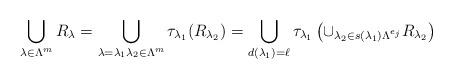
LaTeX: \begin{align*}\bigcup_{\lambda \in \Lambda^m} R_\lambda = \bigcup_{\lambda = \lambda_1 \lambda_2 \in \Lambda^m} \tau_{\lambda_1} (R_{\lambda_2}) = \bigcup_{d(\lambda_1) = \ell} \tau_{\lambda_1}\left( \cup_{\lambda_2 \in s(\lambda_1) \Lambda^{e_j}} R_{\lambda_2} \right) \\\end{align*}